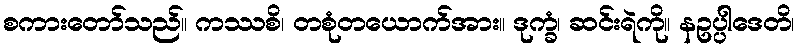
စကားတော်သည်။ ကဿစိ၊ တစုံတယောက်အား။ ဒုက္ခံ၊ ဆင်းရဲကို။ နဥပ္ပါဒေတိ၊